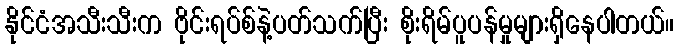
နိုင်ငံအသီးသီးက ဗိုင်းရပ်စ်နဲ့ပတ်သက်ပြီး စိုးရိမ်ပူပန်မှုများရှိနေပါတယ်။